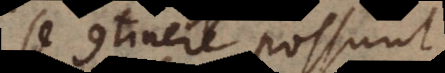
se continere possunt,